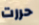
حررت